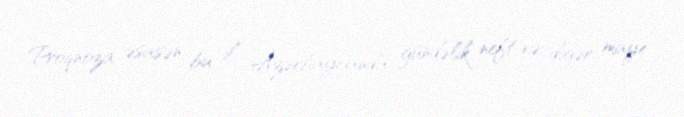
Proqnoza əsasən bu il Azərbaycanda gündəlik neft və digər maye